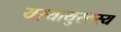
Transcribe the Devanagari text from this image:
यस्यायुस्तस्य